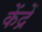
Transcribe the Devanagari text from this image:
केंद्रें